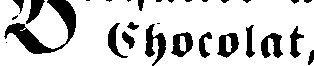
# Chocolat,